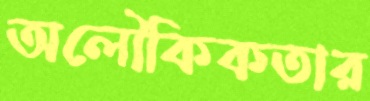
অলৌকিকতার